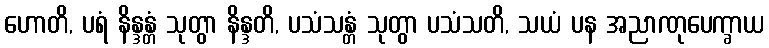
ဟောတိ, ပရံ နိန္ဒန္တံ သုတွာ နိန္ဒတိ, ပသံသန္တံ သုတွာ ပသံသတိ, သယံ ပန အညာဏုပေက္ခာယ